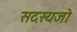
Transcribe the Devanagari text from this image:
सदस्यजो